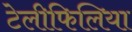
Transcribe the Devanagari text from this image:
टेलीफिलिया